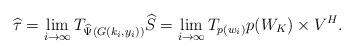
LaTeX: \begin{align*} \widehat{\tau} = \lim_{i\rightarrow \infty} T_{\widehat{\Psi} (G(k_i,y_i))} \widehat{S} = \lim_{i\rightarrow \infty} T_{p(w_i)}p(W_K) \times V^H .\end{align*}